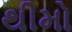
થીમો